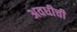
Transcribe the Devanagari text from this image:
अवधीची